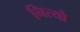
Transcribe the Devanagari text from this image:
नित्यो